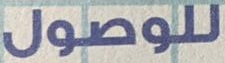
للوصول